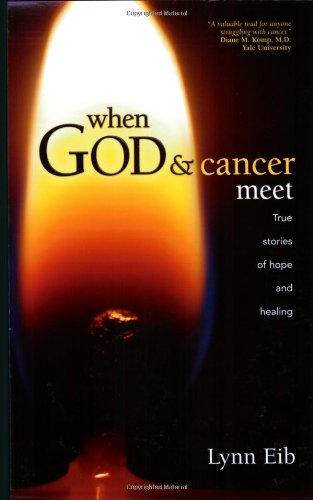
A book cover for When God & Cancer Meet; Lynn Eib; Health, Fitness & Dieting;